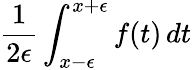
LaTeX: {\frac{1}{2\epsilon}}\int_{x-\epsilon}^{x+\epsilon}f(t)\, dt